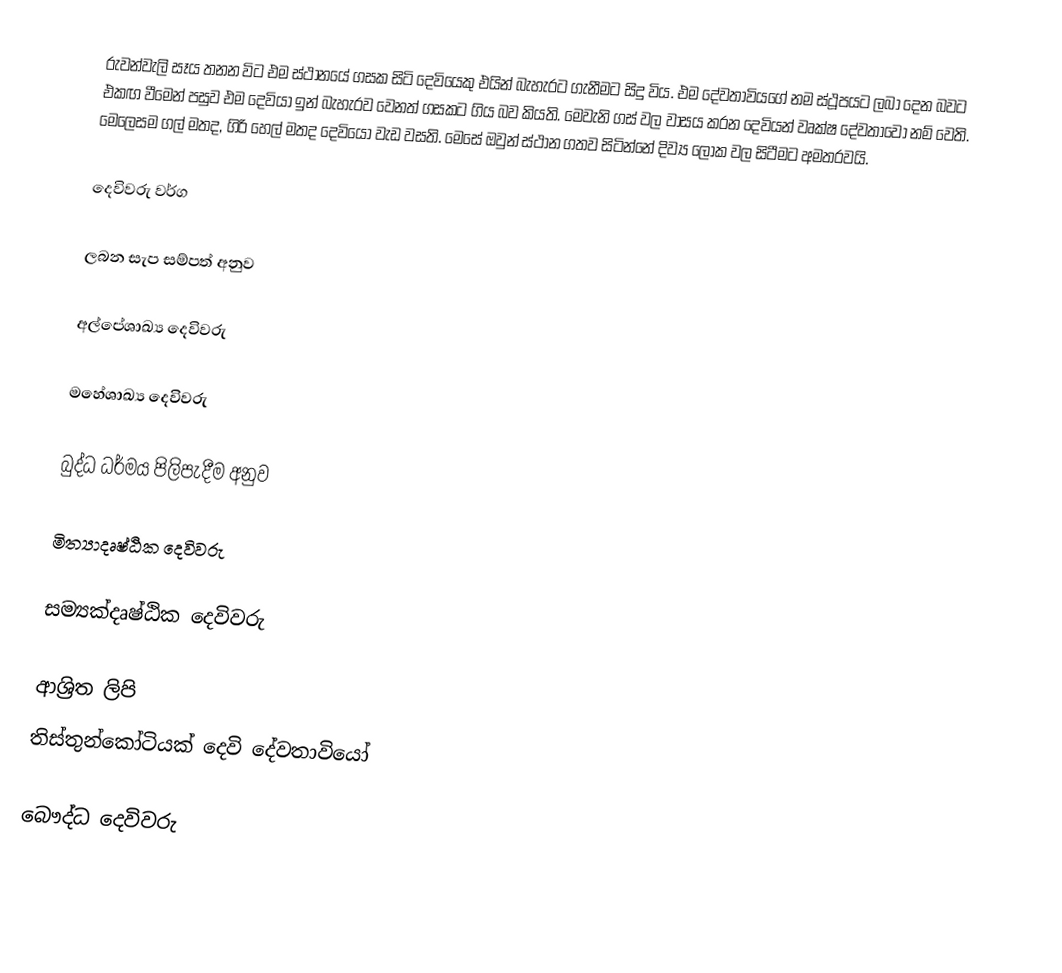
රුවන්වැලි සෑය තනන විට එම ස්ථානයේ ගසක සිටි දෙවියෙකු එයින් බැහැරට ගැනීමට සිදු විය. එම දේවතාවියගේ නම ස්ථූපයට ලබා දෙන බවට එකඟ වීමෙන් පසුව එම දෙවියා ඉන් බැහැරව වෙනත් ගසකට ගිය බව කියති. මෙවැනි ගස් වල වාසය කරන දෙවියන් වෘක්ෂ දේවතාවෝ  නම් වෙති. මෙලෙසම ගල් මතද, ගිරි හෙල් මතද දෙවියෝ වැඩ වසති. මෙසේ ඔවුන් ස්ථාන ගතව සිටින්නේ දිව්‍ය ලෝක වල සිටීමට අමතරවයි.

දෙවිවරු වර්ග

ලබන සැප සම්පත් අනුව

අල්පේශාඛ්‍ය දෙවිවරු

මහේශාඛ්‍ය දෙවිවරු

බුද්ධ  ධර්මය පිලිපැදීම අනුව

මිත්‍යාදෘෂ්ඨික දෙවිවරු

සම්‍යක්දෘෂ්ඨික දෙවිවරු

ආශ්‍රිත ලිපි
 තිස්තුන්කෝටියක් දෙවි දේවතාවියෝ

බෞද්ධ දෙවිවරු